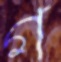
গ